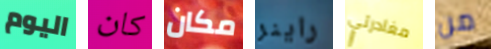
اليوم كان مكان راينر مغادرتي من